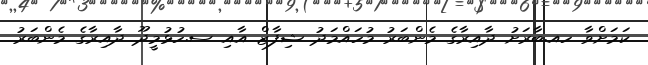
ކަމަށްވާ ހއ.ބާރަށު ދާއިރާގެ މެންބަރު މުހައްމަދު ޝިފާޒް އާއި ސ.ހުޅުމީދޫ ދާއިރާގެ މެންބަރު